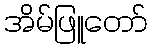
အိမ်ဖြူတော်